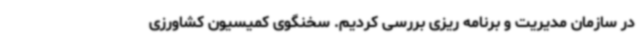
در سازمان مدیریت و برنامه ریزی بررسی کردیم. سخنگوی کمیسیون کشاورزی